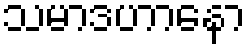
သမာဒဟာနော